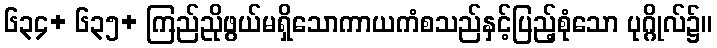
၆၃၄+ ၆၃၅+ ကြည်ညိုဖွယ်မရှိသောကာယကံစသည်နှင့်ပြည့်စုံသော ပုဂ္ဂိုလ်၌။